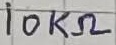
Text: 10KΩ